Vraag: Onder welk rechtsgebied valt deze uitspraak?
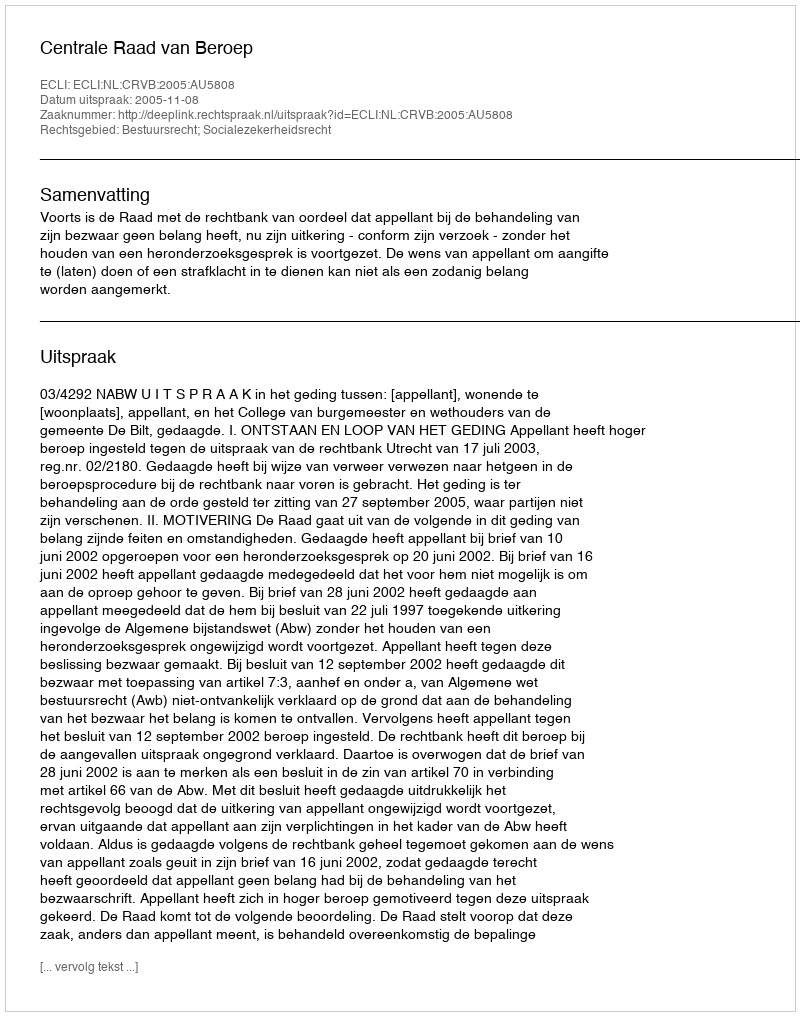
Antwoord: Bestuursrecht; Socialezekerheidsrecht